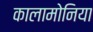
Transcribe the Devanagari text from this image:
कालामोनिया